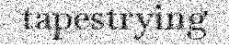
tapestrying